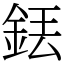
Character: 銩